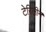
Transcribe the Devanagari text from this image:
टेरिलीन